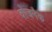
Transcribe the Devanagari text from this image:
वोजनैक